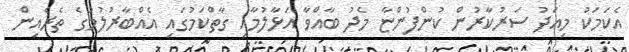
އެކަމަކު މިއަދު ސަރުކާރުން ކުންފުންޏާ މެދު ބާއްވާ އަޅާލުމާއި ގާތްކަމުގައި އެއްބާރުލުމުގެ ތެރެއިން